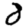
Digit: 8